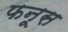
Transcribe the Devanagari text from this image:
फनूस